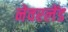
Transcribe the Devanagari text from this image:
नेवरलेंड